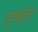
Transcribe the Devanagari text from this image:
हर्षात